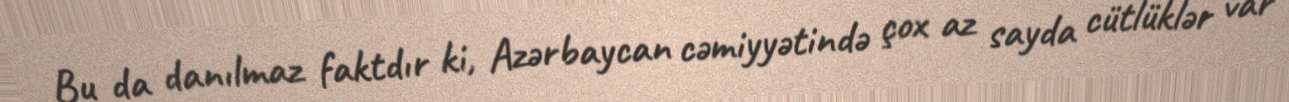
Bu da danılmaz faktdır ki, Azərbaycan cəmiyyətində çox az sayda cütlüklər var